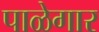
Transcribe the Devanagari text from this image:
पाळेगार